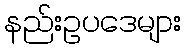
နည်းဥပဒေများ